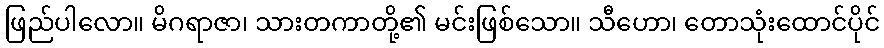
ဖြည်ပါလော။ မိဂရာဇာ၊ သားတကာတို့၏ မင်းဖြစ်သော။ သီဟော၊ တောသုံးထောင်ပိုင်